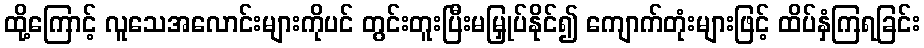
ထို့ကြောင့် လူသေအလောင်းများကိုပင် တွင်းတူးပြီးမမြှုပ်နိုင်၍ ကျောက်တုံးများဖြင့် ထိပ်နှံကြရခြင်း